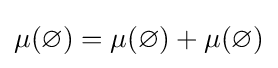
\mu (\varnothing )=\mu (\varnothing )+\mu (\varnothing )